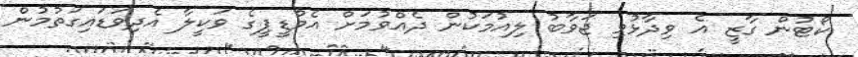
ކޯޓުން ގާޒީ އެ ވިދާޅުވި ޖަވާބު ލިއުމަކުން ދެއްވުމަށް އެމްޑީޕީގެ ވަކީލާ އެދިވަޑައިގަތުމުން